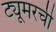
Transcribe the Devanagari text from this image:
ट्यूमरची